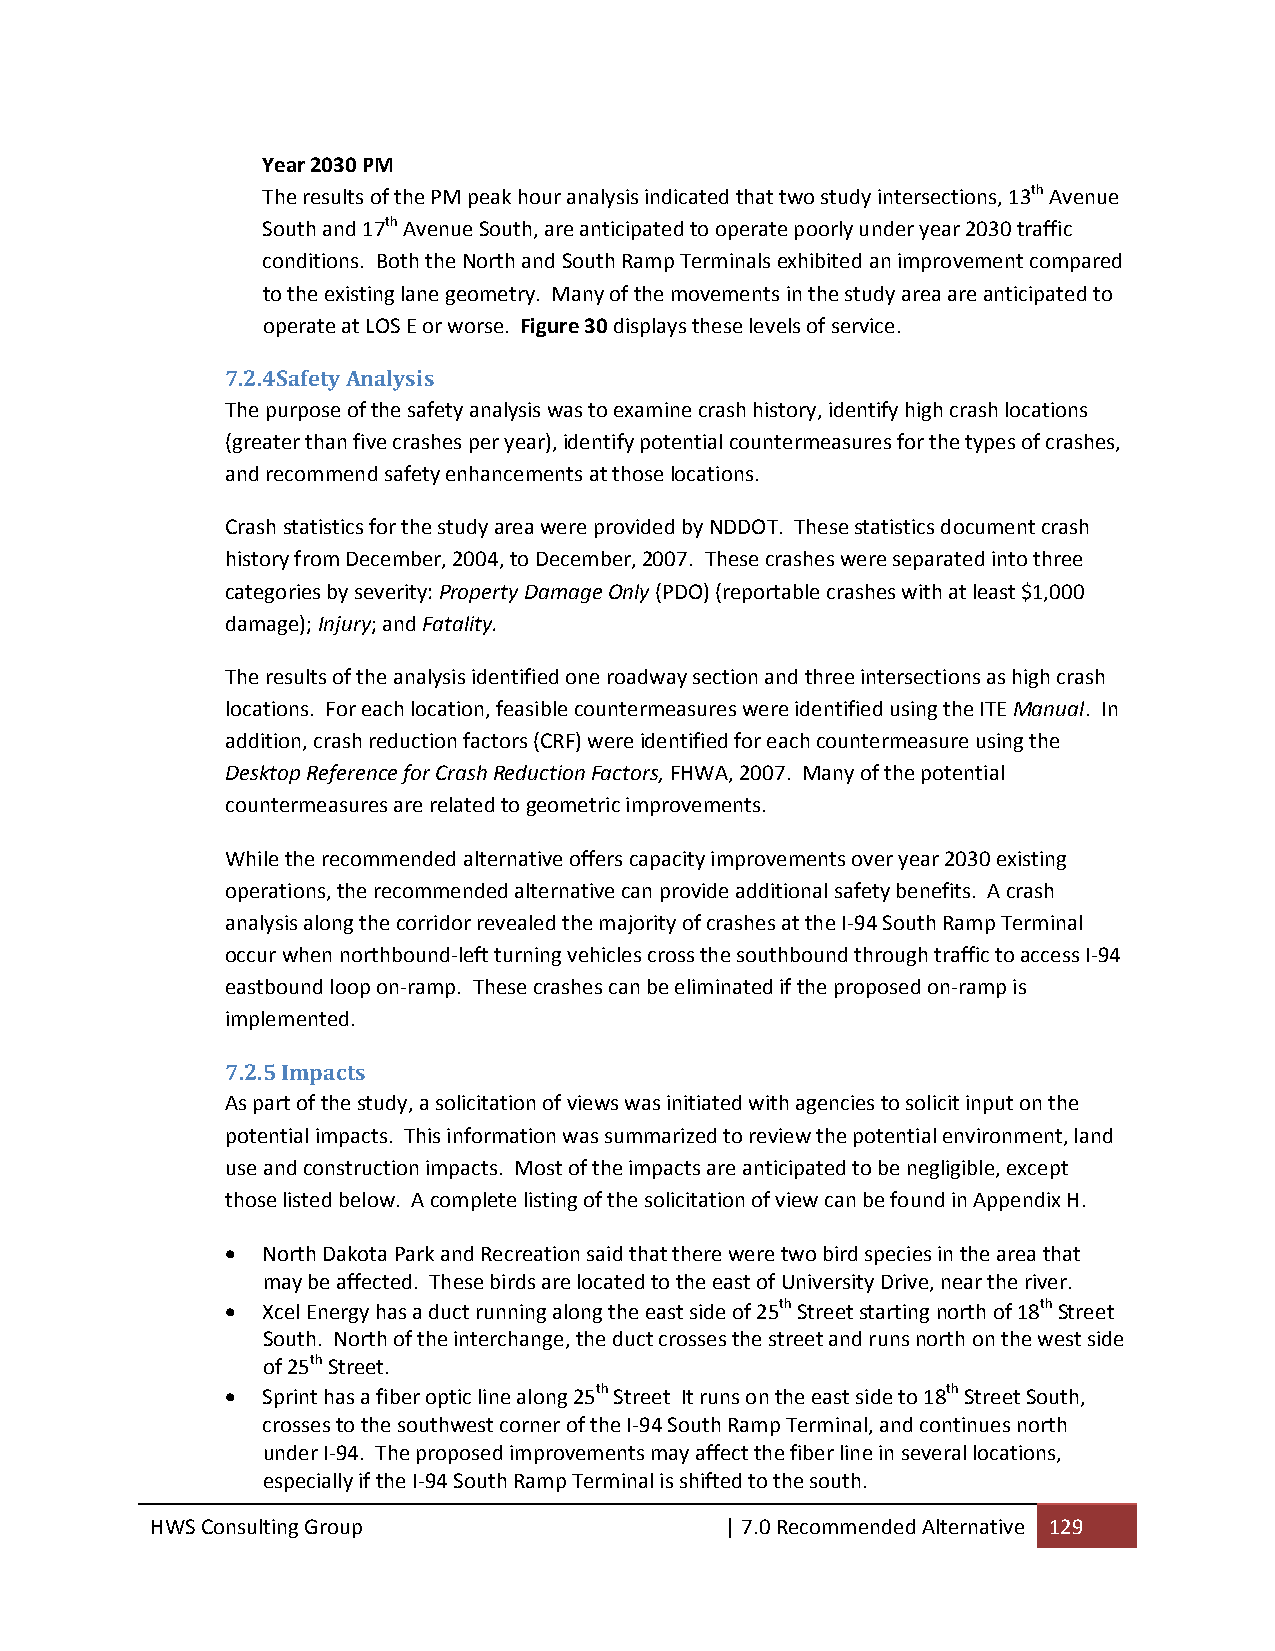
Year 2030 PM
 The results of the PM peak hour analysis indicated that two study intersections, 13th Avenue
 South and 17th Avenue South, are anticipated to operate poorly under year 2030 traffic
 conditions. Both the North and South Ramp Terminals exhibited an improvement compared
 to the existing lane geometry. Many of the movements in the study area are anticipated to
 operate at LOS E or worse. Figure 30 displays these levels of service.
 7.2.4Safety Analysis
 The purpose of the safety analysis was to examine crash history, identify high crash locations
 (greater than five crashes per year), identify potential countermeasures for the types of crashes,
 and recommend safety enhancements at those locations.
 Crash statistics for the study area were provided by NDDOT. These statistics document crash
 history from December, 2004, to December, 2007. These crashes were separated into three
 categories by severity: Property Damage Only (PDO) (reportable crashes with at least $1,000
 damage); Injury; and Fatality.
 The results of the analysis identified one roadway section and three intersections as high crash
 locations. For each location, feasible countermeasures were identified using the ITE Manual. In
 addition, crash reduction factors (CRF) were identified for each countermeasure using the
 Desktop Reference for Crash Reduction Factors, FHWA, 2007. Many of the potential
 countermeasures are related to geometric improvements.
 While the recommended alternative offers capacity improvements over year 2030 existing
 operations, the recommended alternative can provide additional safety benefits. A crash
 analysis along the corridor revealed the majority of crashes at the I‐94 South Ramp Terminal
 occur when northbound‐left turning vehicles cross the southbound through traffic to access I‐94
 eastbound loop on‐ramp. These crashes can be eliminated if the proposed on‐ramp is
 implemented.
 7.2.5 Impacts
 As part of the study, a solicitation of views was initiated with agencies to solicit input on the
 potential impacts. This information was summarized to review the potential environment, land
 use and construction impacts. Most of the impacts are anticipated to be negligible, except
 those listed below. A complete listing of the solicitation of view can be found in Appendix H.
  North Dakota Park and Recreation said that there were two bird species in the area that
 may be affected. These birds are located to the east of University Drive, near the river.
  Xcel Energy has a duct running along the east side of 25th Street starting north of 18th Street
 South. North of the interchange, the duct crosses the street and runs north on the west side
 of 25th Street.
  Sprint has a fiber optic line along 25th Street It runs on the east side to 18th Street South,
 crosses to the southwest corner of the I‐94 South Ramp Terminal, and continues north
 under I‐94. The proposed improvements may affect the fiber line in several locations,
 especially if the I‐94 South Ramp Terminal is shifted to the south.
 HWS Consulting Group                  | 7.0 Recommended Alternative 129